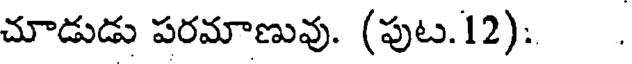
చూడుడు పరమాణువు. (పుట.12): .